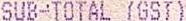
SUB-TOTAL (GST)